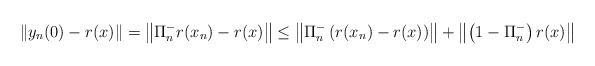
\begin{align*}\left\Vert y_n (0) - r(x)\right\Vert = \left\Vert \Pi^-_n r( x_n) - r(x)\right\Vert \leq \left\Vert \Pi^-_n \left(r( x_n) - r(x)\right)\right\Vert + \left\Vert \left( 1 - \Pi^-_n \right)r(x)\right\Vert \end{align*}